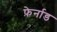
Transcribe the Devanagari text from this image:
फ़ेर्नाड